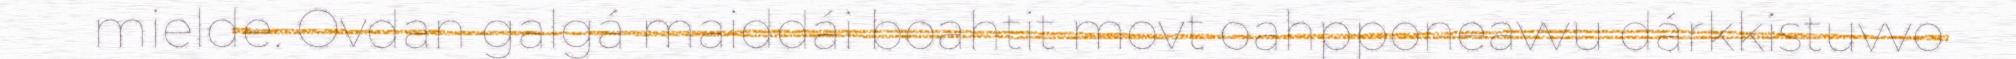
mielde. Ovdan galgá maiddái boahtit movt oahpponeavvu dárkkistuvvo